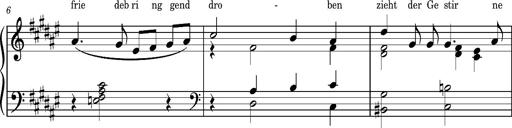
Title: Album-Leaf 'Elisabeth', S.164m
Composer: Franz Liszt
Key: F-sharp major